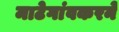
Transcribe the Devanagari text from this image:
माटेगांवकरने